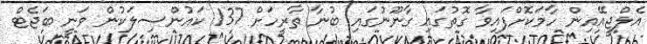
އެލްޖީއޭއިން ހާމަކޮށްފައިވާ ގޮތުގައި ގާނޫނުގައި ބުނާ ތާރީހަށް 137 ކައުންސިލަކުން ވަނީ ބަޖެޓް